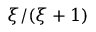
\xi / ( \xi + 1 )